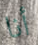
أنا